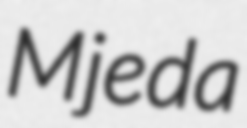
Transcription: Mjeda